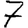
Digit: 7